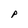
Character: P